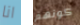
انا كونهم